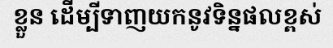
ខ្លួន ដើម្បីទាញយកនូវទិន្នផលខ្ពស់